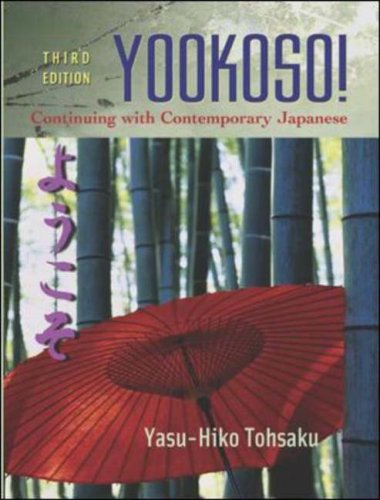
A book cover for Yookoso! Continuing with Contemporary Japanese Student Edition with Online Learning Center Bind-In Card; Yasu-Hiko Tohsaku; Education & Teaching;